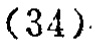
\((34)\)